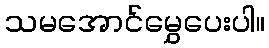
သမအောင်မွှေပေးပါ။